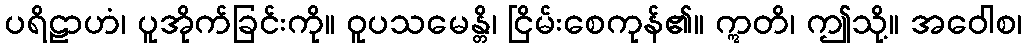
ပရိဠာဟံ၊ ပူအိုက်ခြင်းကို။ ဝူပသမေန္တိ၊ ငြိမ်းစေကုန်၏။ ဣတိ၊ ဤသို့။ အဝေါစ၊